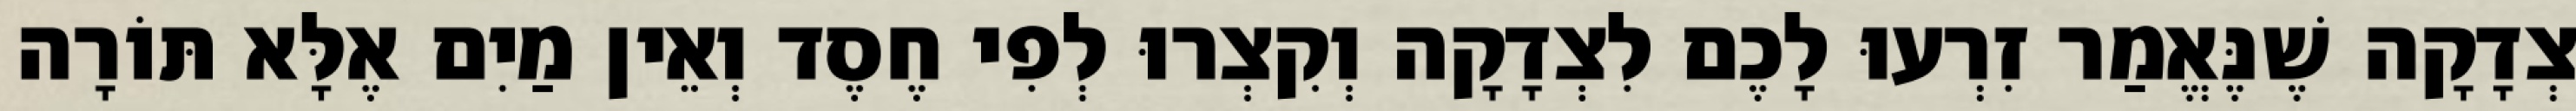
צְדָקָה שֶׁנֶּאֱמַר זִרְעוּ לָכֶם לִצְדָקָה וְקִצְרוּ לְפִי חֶסֶד וְאֵין מַיִם אֶלָּא תּוֹרָה